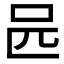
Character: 𠯕